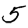
Digit: 5